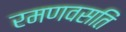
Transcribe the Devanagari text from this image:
रमणवसतिं